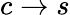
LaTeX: c\to s